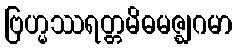
ဗြဟ္မဿရတ္တမိဓမဇ္ဈဂမာ